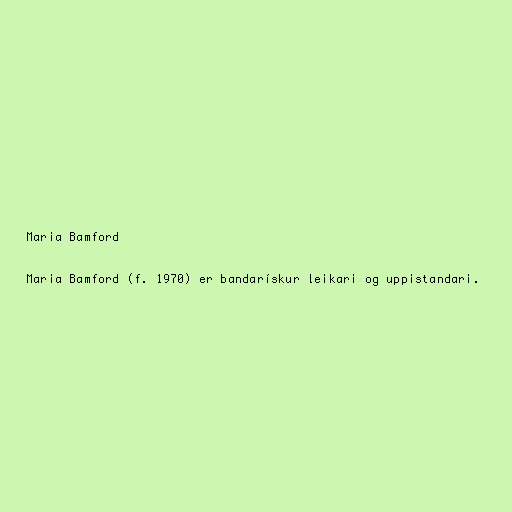
Maria Bamford

Maria Bamford (f. 1970) er bandarískur leikari og uppistandari.